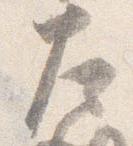
左